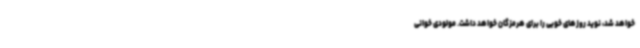
خواهد شد، نوید روزهای خوبی را برای هرمزگان خواهد داشت. مولودی خوانی